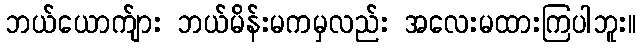
ဘယ်ယောက်ျား ဘယ်မိန်းမကမှလည်း အလေးမထားကြပါဘူး။